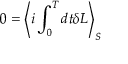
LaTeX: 0 = \left< i \int _ { 0 } ^ { T } d t \delta L \right> _ { S }